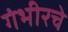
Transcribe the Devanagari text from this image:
गंभीरचे